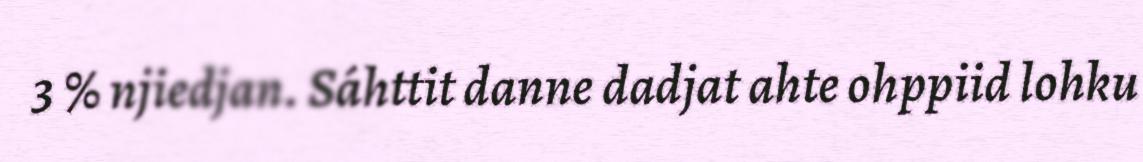
3 % njiedjan. Sáhttit danne dadjat ahte ohppiid lohku